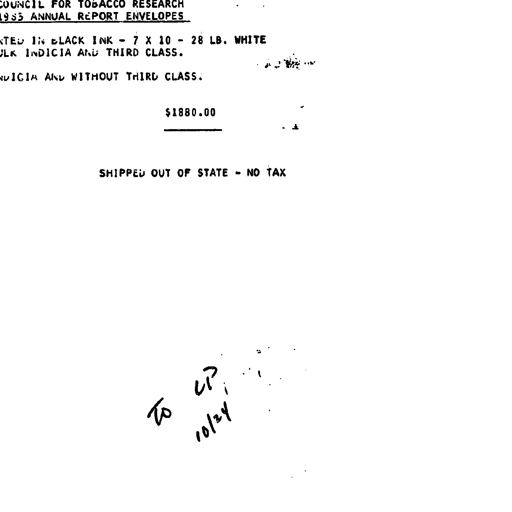
COUNCIL FOR TOBACCO RESEARCH
1985 ANNUAL REPORT ENVELOPES

PRINTED IN BLACK INK - 7 X 10 - 28 LB. WHITE
BULK INDICIA AND THIRD CLASS.

INDICIA AND WITHOUT THIRD CLASS.

$1880.00

SHIPPED OUT OF STATE - NO TAX

TO CP
10/24